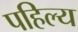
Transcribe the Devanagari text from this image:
पहिल्य